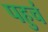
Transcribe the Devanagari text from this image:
पहुचं